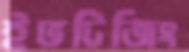
ইভটিজিং